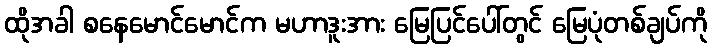
ထိုအခါ စနေမောင်မောင်က မဟာဒူးအား မြေပြင်ပေါ်တွင် မြေပုံတစ်ချပ်ကို